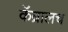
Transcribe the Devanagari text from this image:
कॅब्रालच